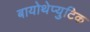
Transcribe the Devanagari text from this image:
बायोथेप्युटिक